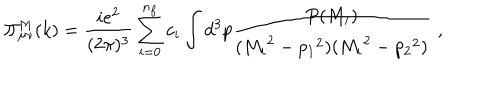
\Pi _ { \mu \nu } ^ { M } ( k ) = \frac { i e ^ { 2 } } { ( 2 \pi ) ^ { 3 } } \sum _ { i = 0 } ^ { n _ { f } } c _ { i } \int d ^ { 3 } p \frac { P ( M _ { i } ) } { ( { M _ { i } } ^ { 2 } - { p _ { 1 } } ^ { 2 } ) ( { M _ { i } } ^ { 2 } - { p _ { 2 } } ^ { 2 } ) } \, \, ,